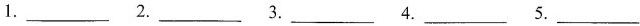
1.___2.___3.___4.___5.___